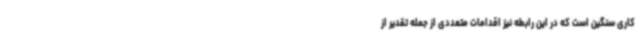
کاری سنگین است که در این رابطه نیز اقدامات متعددی از جمله تقدیر از